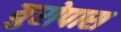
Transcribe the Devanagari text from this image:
युरोपास